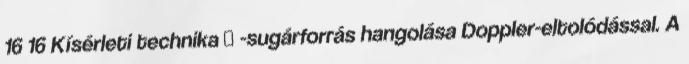
16 16 Kísérleti technika  -sugárforrás hangolása Doppler-eltolódással. A